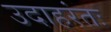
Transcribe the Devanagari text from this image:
उदाहरंतः